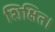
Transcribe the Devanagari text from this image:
शिक्षित।